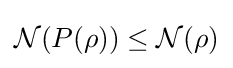
{\mathcal {N}}(P(\rho ))\leq {\mathcal {N}}(\rho )